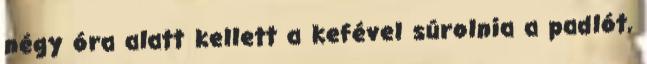
négy óra alatt kellett a kefével súrolnia a padlót,